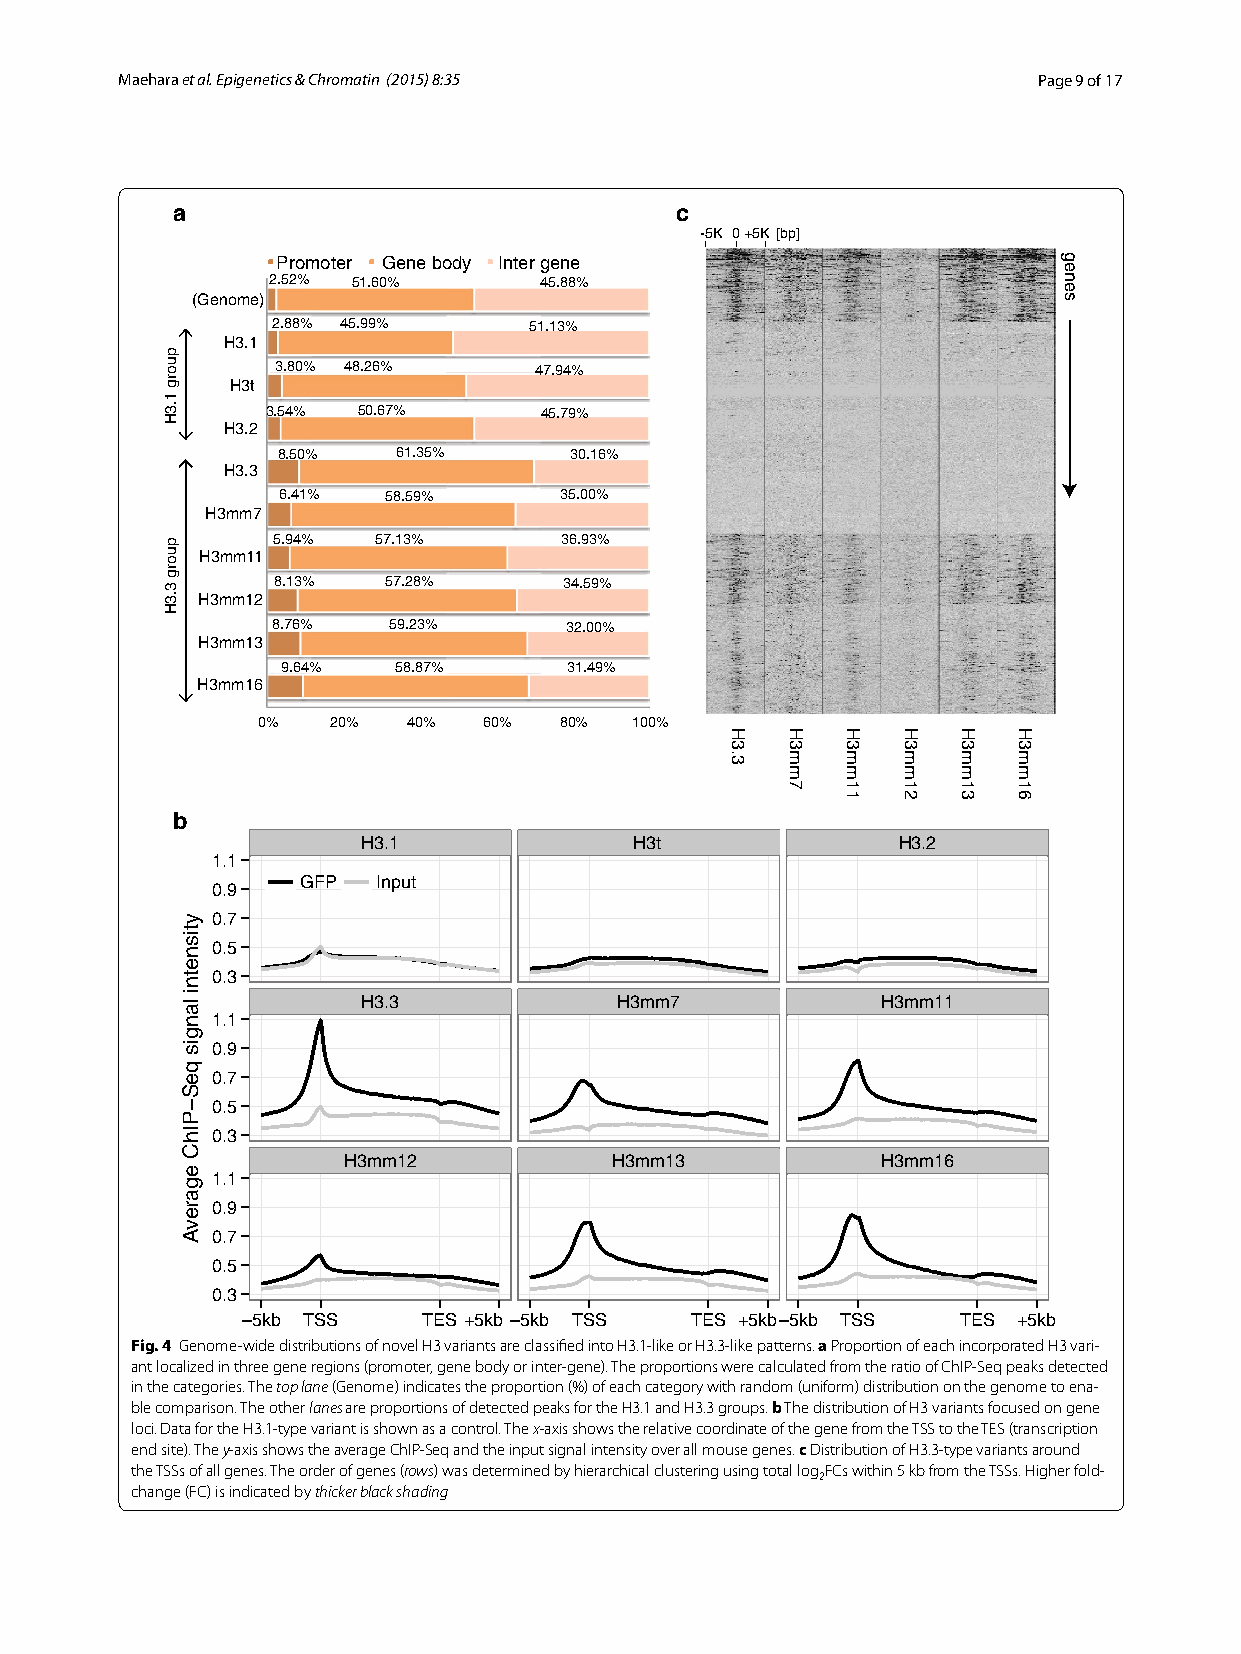
Maehara et al. Epigenetics & Chromatin (2015) 8:35           Page 9 of 17
 a                                 c
 -5K 0+5K [bp]
 Promoter Gene body Inter gene
 2.52% 51.60%      45.88%
 (Genome)
 2.88% 45.99%     51.13%
 H3.1
 3.80% 48.26%     47.94%
 H3t
 3.54% 50.67%      45.79%
 H3.2
 8.50%   61.35%      30.16%
 H3.3
 6.41%  58.59%      35.00%
 H3mm7
 5.94%  57.13%      36.93%
 H3mm11
 8.13%  57.28%      34.59%
 H3mm12
 8.76%   59.23%     32.00%
 H3mm13
 9.64%  58.87%     31.49%
 H3mm16
 0%   20%  40%  60%  80%  100%
 b
 H3.1              H3t              H3.2
 1.1
 GFP  Input
 0.9
 0.7
 0.5
 0.3
 H3.3             H3mm7            H3mm11
 1.1
 0.9
 0.7
 0.5
 0.3
 H3mm12            H3mm13           H3mm16
 1.1
 0.9
 0.7
 0.5
 0.3
 5kb TSS    TES +5kb 5kb TSS  TES +5kb 5kb TSS TES +5kb
 Fig. 4 Genome-wide distributions of novel H3 variants are classified into H3.1-like or H3.3-like patterns. a Proportion of each incorporated H3 vari-
 ant localized in three gene regions (promoter, gene body or inter-gene). The proportions were calculated from the ratio of ChIP-Seq peaks detected
 in the categories. The top lane (Genome) indicates the proportion (%) of each category with random (uniform) distribution on the genome to ena-
 ble comparison. The other lanes are proportions of detected peaks for the H3.1 and H3.3 groups. b The distribution of H3 variants focused on gene
 loci. Data for the H3.1-type variant is shown as a control. The x-axis shows the relative coordinate of the gene from the TSS to the TES (transcription
 end site). The y-axis shows the average ChIP-Seq and the input signal intensity over all mouse genes. c Distribution of H3.3-type variants around
 the TSSs of all genes. The order of genes (rows) was determined by hierarchical clustering using total logFCs within 5 kb from the TSSs. Higher fold-
 2
 change (FC) is indicated by thicker black shading
 puorg
 1.3H
 puorg
 3.3H
 ytisnetni
 langis
 qeS
 PIhC
 egarevA
 H3.3 H3mm7 H3mm11 H3mm12 H3mm13 H3mm16
 genes